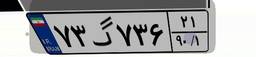
۷۳گ۷۳۶۲۱